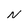
Character: N